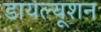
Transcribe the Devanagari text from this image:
डायल्यूशन